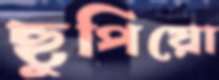
ছুপিয়ো